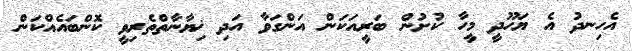
އެހިނދު އެ ޔަހޫދީ މީހާ ކުށުން ބަރީއަކަން އަންގަވާ އަދި ޚިޔާނާތްތެރިވީ ކޮންބައެއްކަން